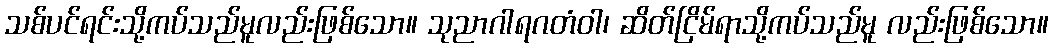
သစ်ပင်ရင်းသို့ကပ်သည်မူလည်းဖြစ်သော။ သုညာဂါရဂတံဝါ၊ ဆိတ်ငြိမ်ရာသို့ကပ်သည်မူ လည်းဖြစ်သော။